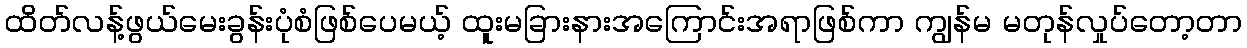
ထိတ်လန့်ဖွယ်မေးခွန်းပုံစံဖြစ်ပေမယ့် ထူးမခြားနားအကြောင်းအရာဖြစ်ကာ ကျွန်မ မတုန်လှုပ်တော့တာ